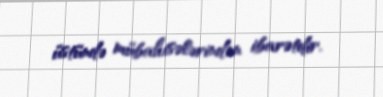
üstündə mübahisələrindən ibarətdir.